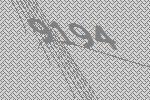
9194